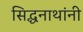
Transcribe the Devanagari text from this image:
सिद्धनाथांनी